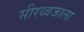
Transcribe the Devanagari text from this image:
सीरध्वजाला